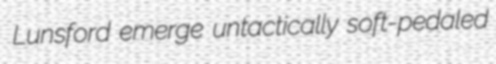
Lunsford emerge untactically soft-pedaled